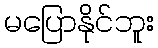
မပြောနိုင်ဘူး